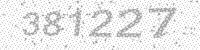
Solution: 381227